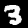
Digit: 3